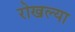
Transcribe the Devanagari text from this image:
रोखल्या